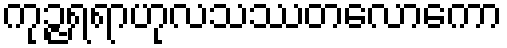
ကုဉ္ဇရရာဟုလသဿတလောကော